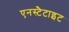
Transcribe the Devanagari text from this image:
एनस्टैटाइट